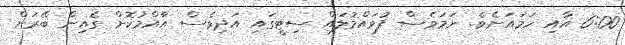
6:00 އާއި ހަމައަށެވެ. ނަމަވެސް ފުވައްމުލައް ސިޓީގައި އަދިވެސް އާއްމުކޮށް ގެއިން ބޭރަށް